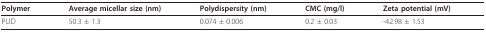
| Polymer | Average micellar size (nm) | Polydispersity (nm) | CMC (mg/l) | Zeta potential (mV) |
 | --- | --- | --- | --- | --- |
 | PUD | 50.3 ± 1.3 | 0.074 ± 0.006 | 0.2 ± 0.03 | -42.98 ± 1.53 |